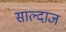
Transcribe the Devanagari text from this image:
साल्दाज